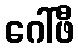
ဂေါ်ဖီ